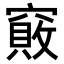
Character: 𥨇